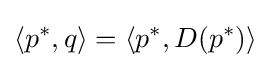
\langle p^{*},q\rangle =\langle p^{*},D(p^{*})\rangle